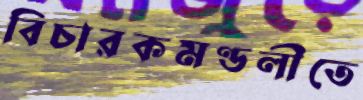
বিচারকমণ্ডলীতে